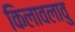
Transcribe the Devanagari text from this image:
किलावलावु